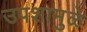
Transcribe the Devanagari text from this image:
उपशामुळे